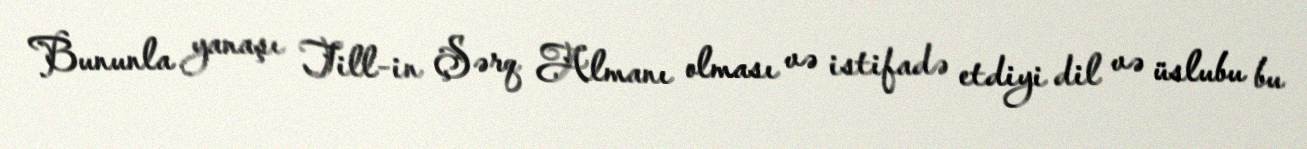
Bununla yanaşı Till-in Şərq Almanı olması və istifadə etdiyi dil və üslubu bu